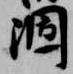
涸